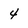
Character: 4